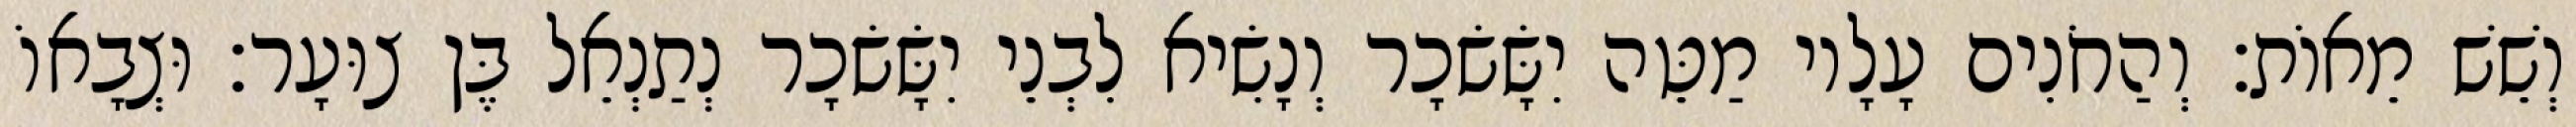
וְשֵׁשׁ מֵאוֹת׃ וְהַחֹנִים עָלָיו מַטֵּה יִשָּׂשׂכָר וְנָשִׂיא לִבְנֵי יִשָּׂשׂכָר נְתַנְאֵל בֶּן צוּעָר׃ וּצְבָאוֹ